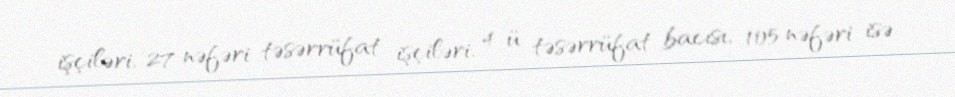
işçiləri, 27 nəfəri təsərrüfat işçiləri, 4-ü təsərrüfat bacısı, 105 nəfəri isə